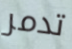
تدمر